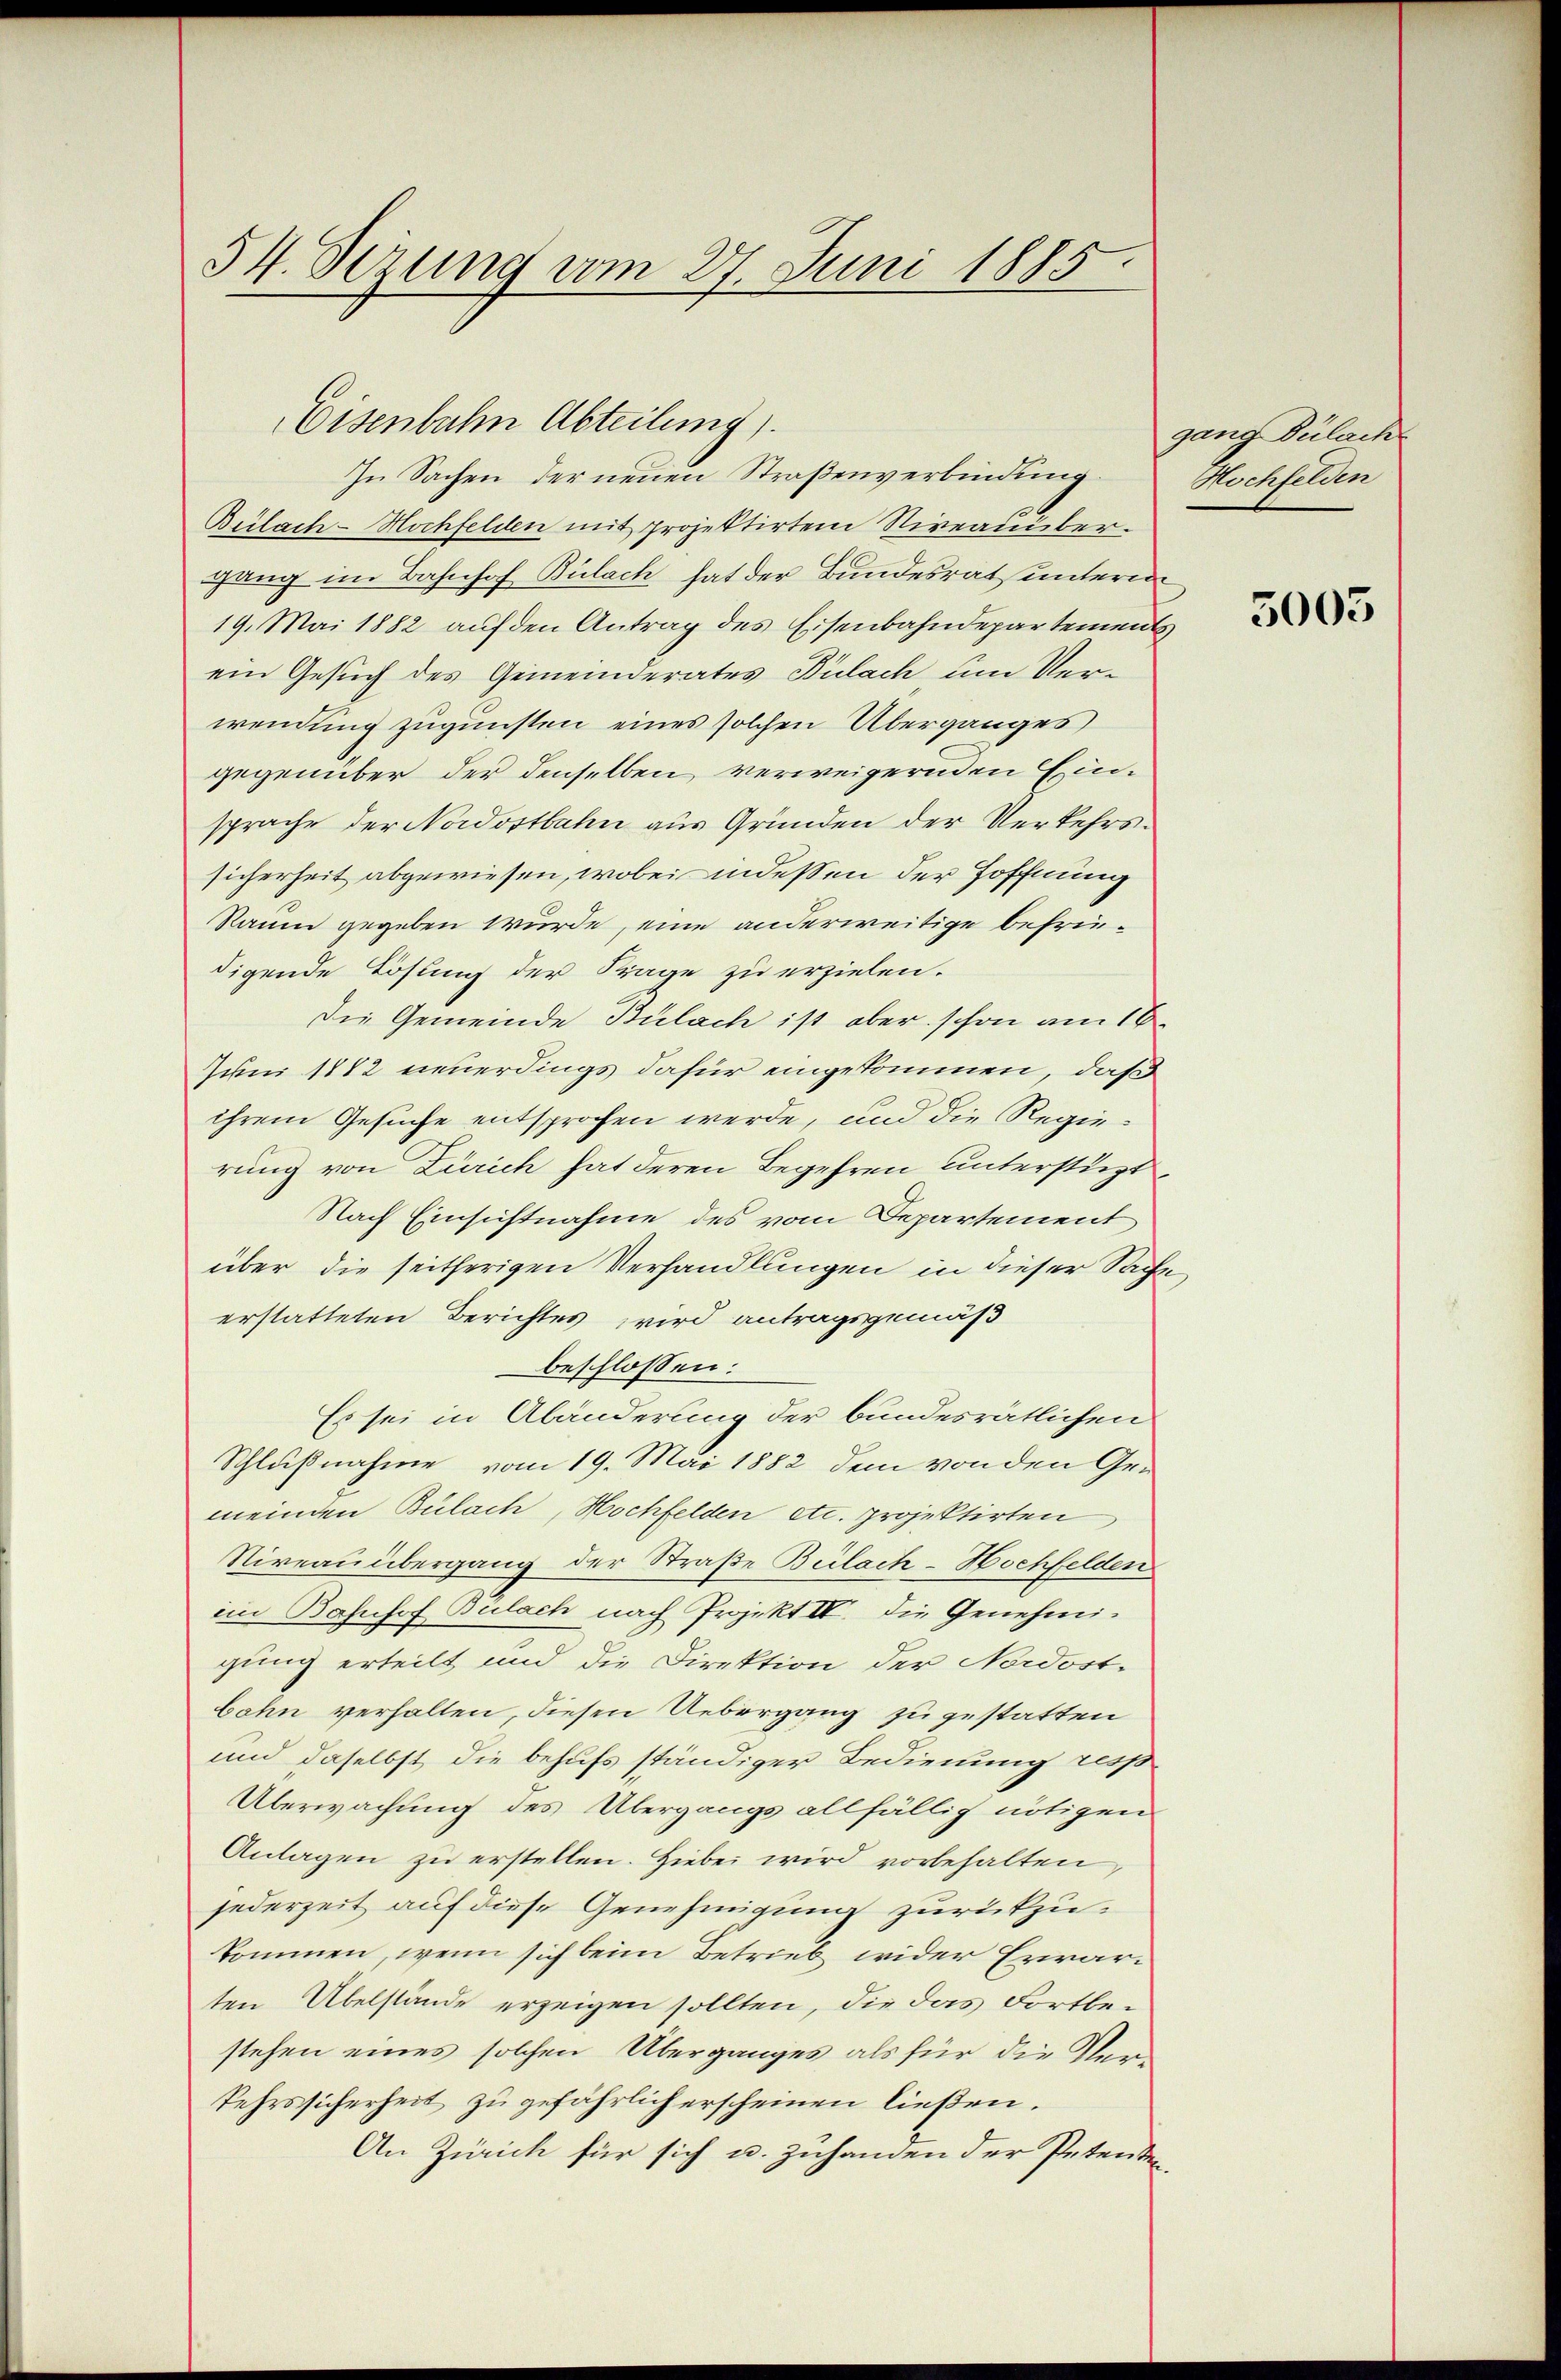
54. Derung vom 27. Juni 1885

Bülach-Hochfelden mit projektirtem Niveauber.
gang im Bahnhof Bülach hat der Bundesrath unterm
19. Mai 1882 auf den Antrag des Eisenbahndepartement
ein Gesuch des Gemeinderates Bülach um Verwendung zugunsten eines solchen Überganges
gegenüber der denselben verweigernden Einsprache der Nordostbahn aus Gründen der Verkehrssicherheit abgewiesen, wobei indessen der Hoffnung
Raum gegeben wurde, eine anderweitige befriedigende Lösung der Frage zu erzielen.
Die Gemeinde Bülach ist aber schon am 16.
Juni 1882 neuerdings dafür eingekommen, daß
ihrem Gesuche entsprochen werde, und die Regierung von Zürich hat deren Begehren unterstüzt,
Nach Einsichtnahme des vom Departement
über die seitherigen Verhandlungen in dieser Sache
erstatteten Berichtes wird antragsgemäß
beschlossen:
Es sei in Abänderung der bundesrätlichen
Schlußnahme vom 19. Mai 1882 dem von den Ge-
meinden Bülach, Hochfelden etc. projektirten
Niveau übergang der Straße Bülach-Hochfelden
im Bahnhof Bulach nach Projekt IV. Die Genehmi-
gung erteilt und die Direktion der Nordost-
bahn verhalten, diesen Uebergang zu gestatten
und daselbst die behufs ständiger Bedienung resp
Überwachung des Übergangs allfällig nötigen
Anlagen zu erstellen. Hiebei wird vorbehalten
jederzeit auf diese Genehmigung zurückzukommen, wenn sich beim Betrieb wider Erwarten Übelstände erzeigen sollten, die das Fortbestehen eines solchen Überganges als für die Verkehrssicherheit zu gefährlich erscheinen ließen.
An Zürich für sich u. zuhanden der Petenden

Eisenbahn Abteilung).
In Sachen der neuen Straßenverbindung.

gang Bülach
Hochfelden

3005